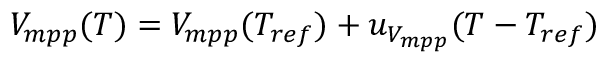
V _ { m p p } ( T ) = V _ { m p p } ( T _ { r e f } ) + u _ { V _ { m p p } } ( T - T _ { r e f } )